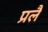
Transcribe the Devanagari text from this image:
प्रलै